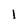
Character: l